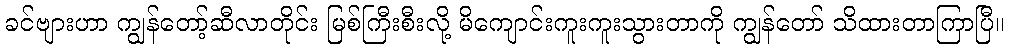
ခင်ဗျားဟာ ကျွန်တော့်ဆီလာတိုင်း မြစ်ကြီးစီးလို့ မိကျောင်းကူးကူးသွားတာကို ကျွန်တော် သိထားတာကြာပြီ။